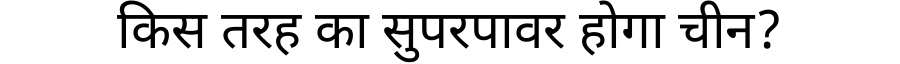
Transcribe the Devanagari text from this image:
किस तरह का सुपरपावर होगा चीन?